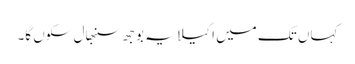
کہاں تک میں اکیلا یہ بوجھ سنبھال سکوں گا۔